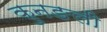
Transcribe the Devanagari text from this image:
कुनङली